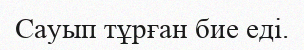
Сауып тұрған бие еді.